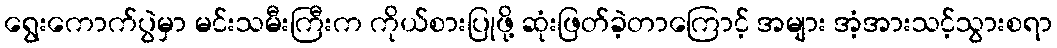
ရွေးကောက်ပွဲမှာ မင်းသမီးကြီးက ကိုယ်စားပြုဖို့ ဆုံးဖြတ်ခဲ့တာကြောင့် အများ အံ့အားသင့်သွားစရာ